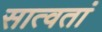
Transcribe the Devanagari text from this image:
सात्वतां